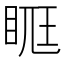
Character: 𥆦